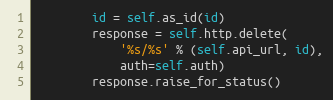
Language: Python
        id = self.as_id(id)
        response = self.http.delete(
            '%s/%s' % (self.api_url, id),
            auth=self.auth)
        response.raise_for_status()